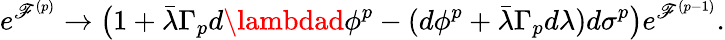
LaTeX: e^{{\cal\mathscr{F}}^{(p)}}\rightarrow\big(1+\bar{{\lambda}}\Gamma_{p}d\lambdad\phi^{p}-(d\phi^{p}+\bar{{\lambda}}\Gamma_{p}d\lambda)d\sigma^{p}\big)e^{{\cal\mathscr{F}}^{(p-1)}}.